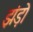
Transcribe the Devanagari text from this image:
झंड़ो